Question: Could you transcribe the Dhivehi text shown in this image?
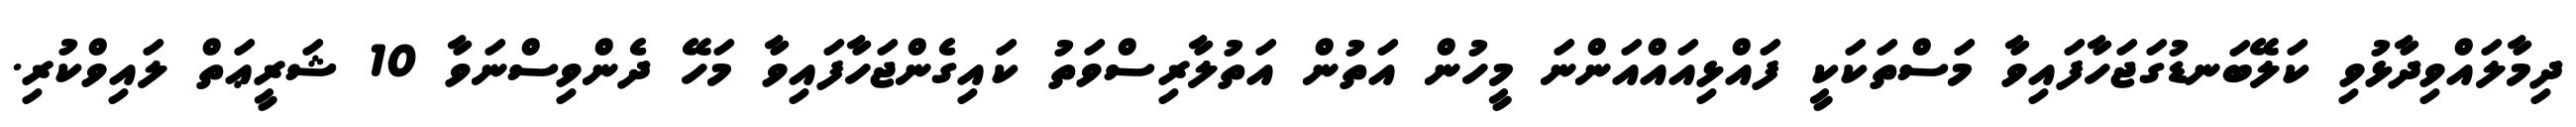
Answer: ދިމާލައްވިދާޅުވި ކަލޭބަނޑުގަޖަހާފައިވާ މަސްތަކަކީ ފައްޅިއައްއަންނަ މީހުން އަތުން އަތުލާރިސްވަތު ކައިގެންޖަހާފައިވާ މަހޭ ދެންވިސްނަވާ 10 ޝަރީޢަތް ލައިވްކުރި.